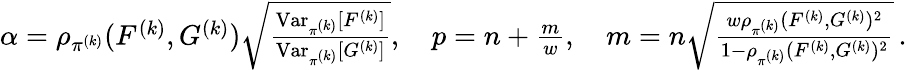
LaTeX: \begin{array}{r}{\alpha=\rho_{\pi^{(k)}}(F^{(k)},G^{(k)})\sqrt{\frac{\operatorname{Var}_{\pi^{(k)}}[F^{(k)}]}{\operatorname{Var}_{\pi^{(k)}}[G^{(k)}]}},\quad p=n+\frac{m}{w},\quad m=n\sqrt{\frac{w\rho_{\pi^{(k)}}(F^{(k)},G^{(k)})^{2}}{1-\rho_{\pi^{(k)}}(F^{(k)},G^{(k)})^{2}}}\, .}\end{array}